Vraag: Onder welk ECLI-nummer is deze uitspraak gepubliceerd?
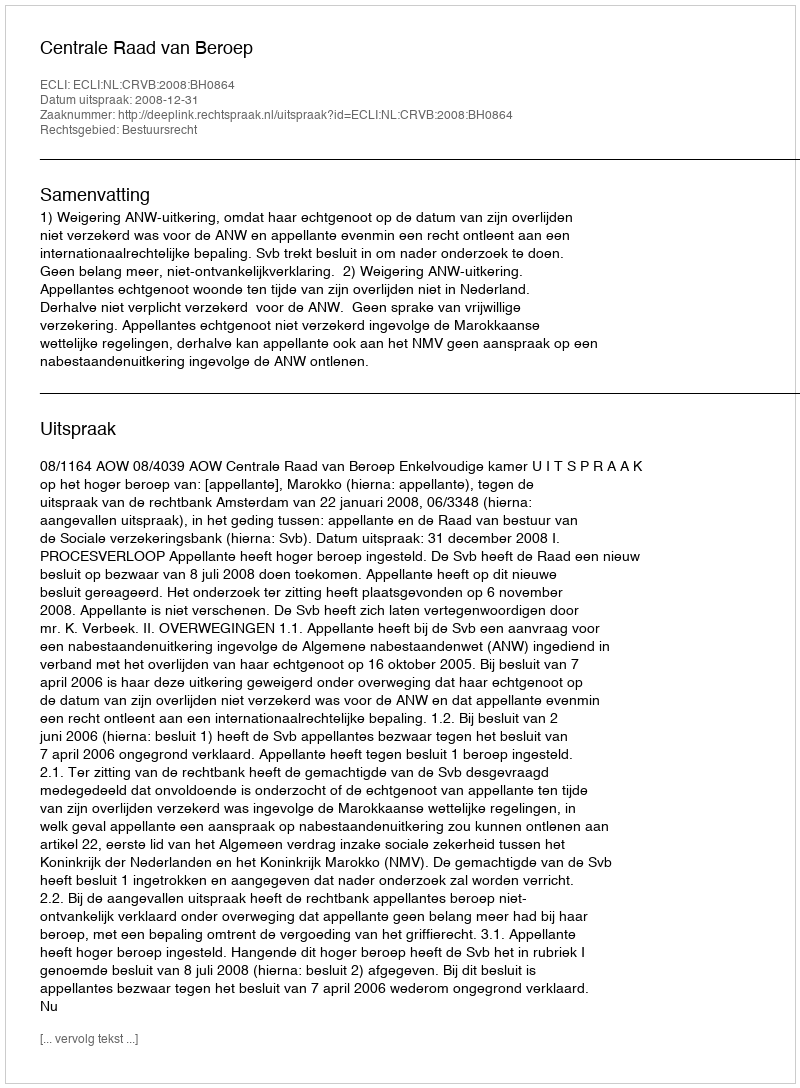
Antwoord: ECLI:NL:CRVB:2008:BH0864